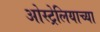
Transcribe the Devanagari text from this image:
ओस्ट्रेलियाच्या